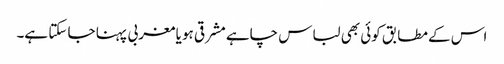
اس کے مطابق کوئی بھی لباس چاہے مشرقی ہو یا مغربی پہنا جا سکتا ہے۔